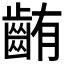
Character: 𪘃